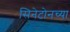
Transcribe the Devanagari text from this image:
सिनेटोनच्या